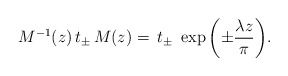
\begin{align*}M^{-1}(z)\,t_\pm\,M(z)= \,t_\pm\,\,\exp{\left(\pm\frac{\lambda z}{\pi}\right)}.\end{align*}